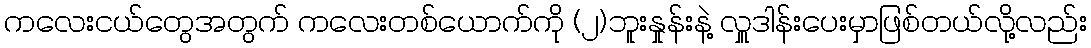
ကလေးငယ်တွေအတွက် ကလေးတစ်ယောက်ကို (၂)ဘူးနှုန်းနဲ့ လှူဒါန်းပေးမှာဖြစ်တယ်လို့လည်း